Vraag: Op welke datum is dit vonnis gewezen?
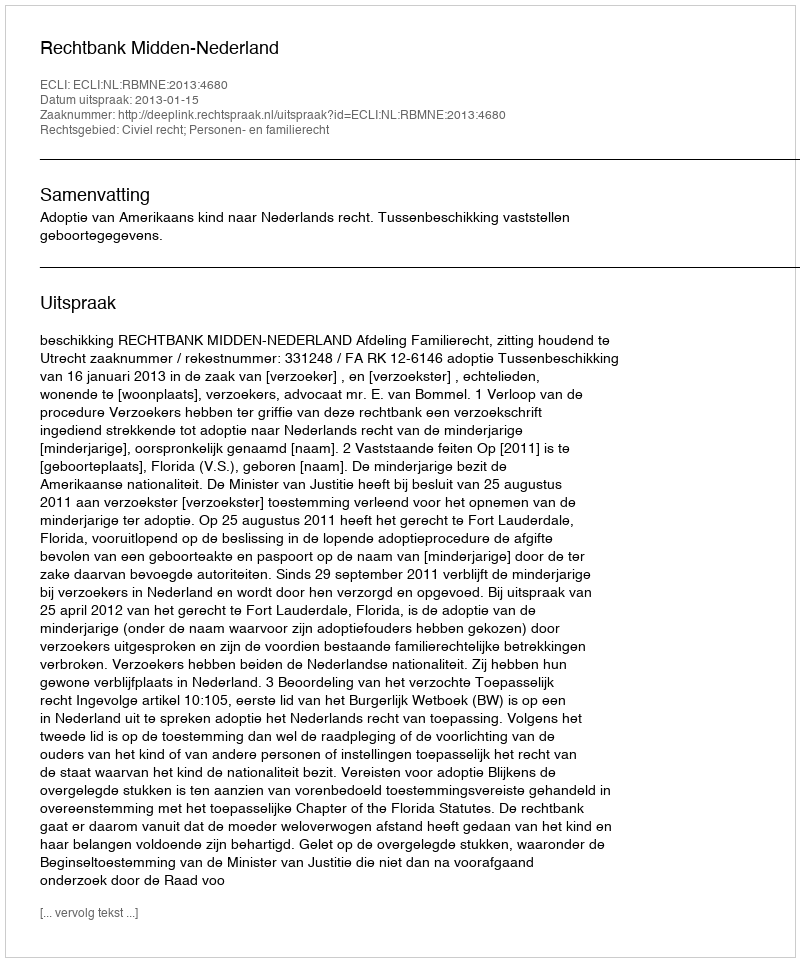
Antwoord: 2013-01-15